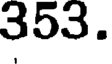
353.